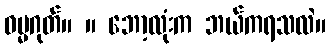
ဓမ္မဂုတ်။ ။ ဘော့လုံးက ဘယ်ကရသလဲ။